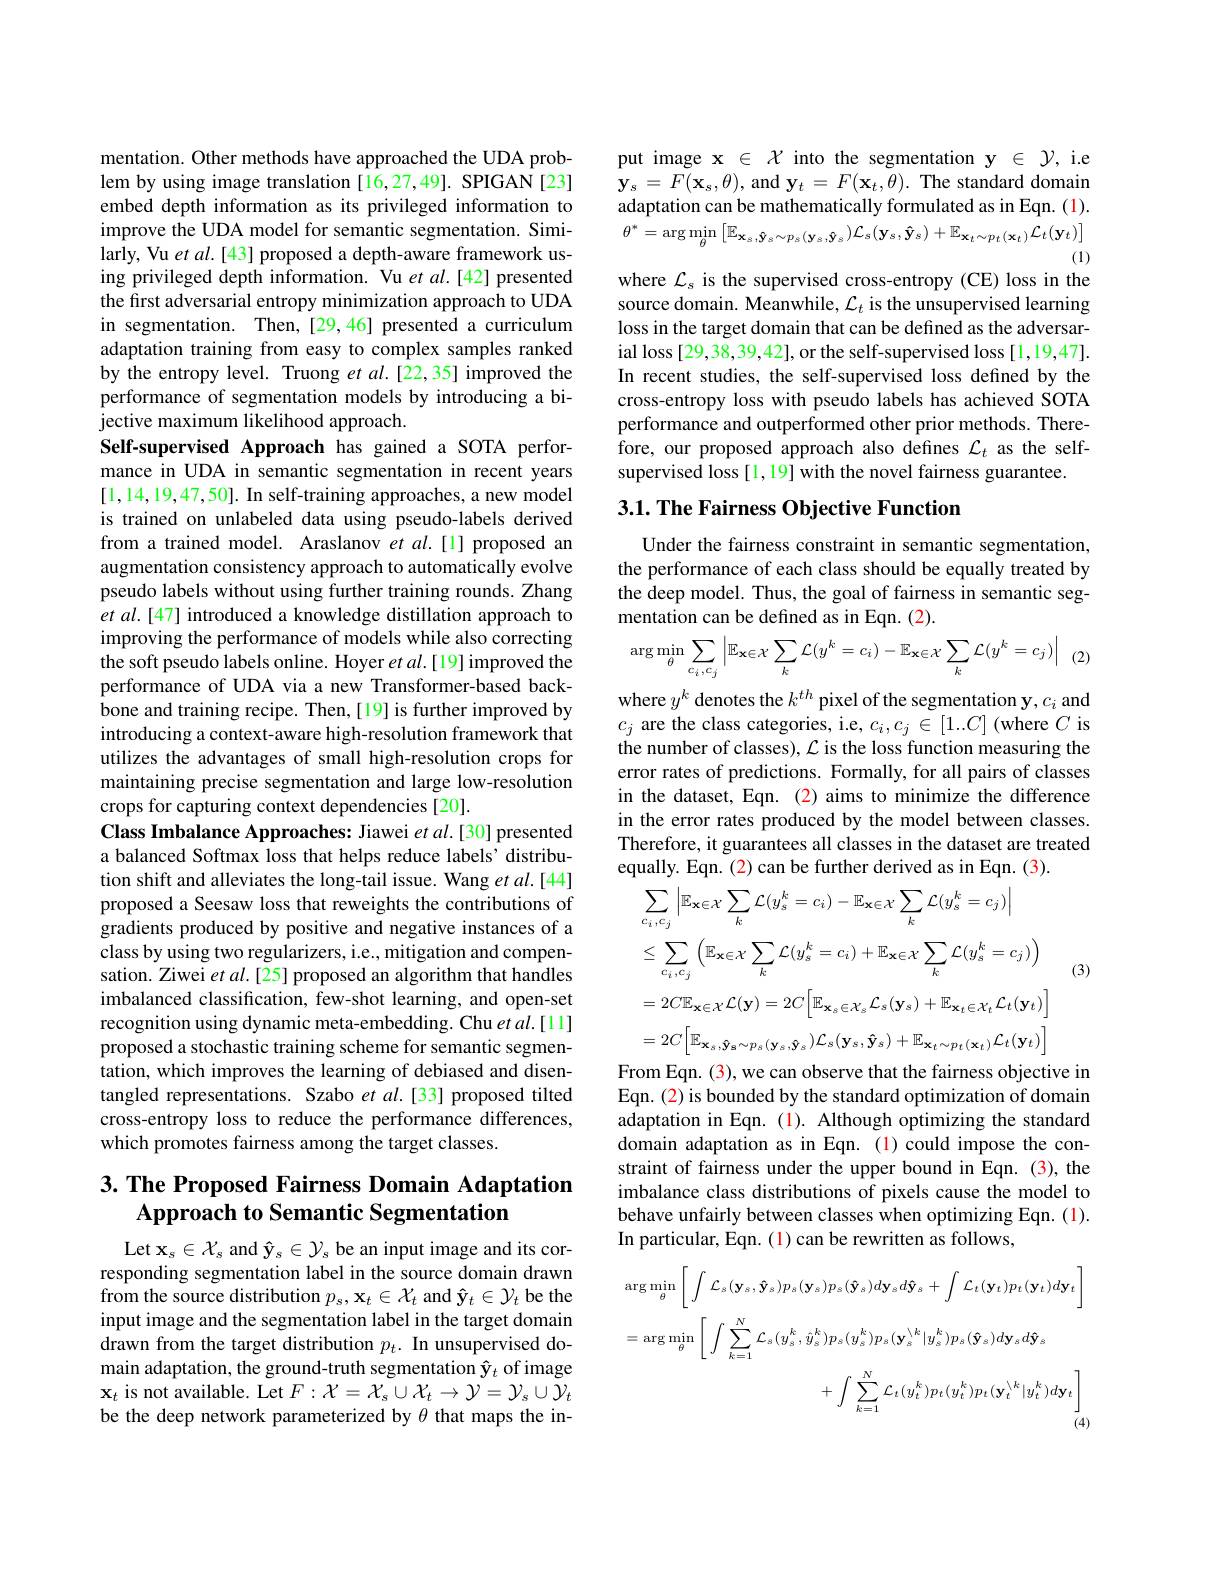
mentation. Other methods have approached the UDA problem by using image translation [16,27,49]. SPIGAN [23] embed depth information as its privileged information to improve the UDA model for semantic segmentation. Similarly, Vu $etal.[43]$ proposed a depth-aware framework using privileged depth information. Vu $etal.[42]$ presented the first adversarial entropy minimization approach to UDA in segmentation. Then,[29,46] presented a curriculum adaptation training from easy to complex samples ranked by the entropy level. Truong et al.[22,35] improved the performance of segmentation models by introducing a bijective maximum likelihood approach.
Self-supervised Approach has gained a SOTA performance in UDA in semantic segmentation in recent years [1,14,19,47,50]. In self-training approaches, a new model is trained on unlabeled data using pseudo-labels derived from a trained model. Araslanov et al.[1] proposed an augmentation consistency approach to automatically evolve pseudo labels without using further training rounds. Zhang $etal.[47]$ introduced a knowledge distillation approach to improving the performance of models while also correcting the soft pseudo labels online. Hoyer et al.[19] improved the performance of UDA via a new Transformer-based backbone and training recipe. Then,[19] is further improved by introducing a context-aware high-resolution framework that utilizes the advantages of small high-resolution crops for maintaining precise segmentation and large low-resolution crops for capturing context dependencies [20].
Class Imbalance Approaches: Jiawei $etal.[30]$ presented a balanced Softmax loss that helps reduce labels' distribution shift and alleviates the long-tail issue. Wang et al.[44] proposed a Seesaw loss that reweights the contributions of gradients produced by positive and negative instances of a class by using two regularizers, i.e., mitigation and compensation. Ziwei $etal.[25]$ proposed an algorithm that handles imbalanced classification, few-shot learning, and open-set recognition using dynamic meta-embedding. Chu et al.[11] proposed a stochastic training scheme for semantic segmentation, which improves the learning of debiased and disentangled representations. Szabo et al.[33] proposed tilted cross-entropy loss to reduce the performance differences, which promotes fairness among the target classes.

# 3. The Proposed Fairness Domain Adaptation Approach to Semantic Segmentation

Let $x_{s}\in X_{s}$ and $\hat{\mathbf{y} } _{s}\in \mathcal{Y} _{s}$ be an input image and its cor- responding segmentation label in the source domain drawn from the source distribution $p_s,\mathbf{x}_t\in\mathcal{X}_t$ and $\hat{\mathbf{y}}_t\in\mathcal{Y}_t$ be the input image and the segmentation label in the target domain drawn from the target distribution $p_t.$ In unsupervised domain adaptation, the ground-truth segmentation $\hat{\mathbf{y}}_t$ of image $\mathbf{x}_{t}$ is not available. Let $F:\mathcal{X}=\mathcal{X}_{s}\cup\mathcal{X}_{t}\to\mathcal{Y}=\mathcal{Y}_{s}\cup\mathcal{Y}_{t}$ be the deep network parameterized by $\theta$ that maps the in-

put image $\mathbf{x}\in\mathcal{X}$ into the segmentation $\mathbf{y}\in\mathcal{Y}$,i.e $\mathbf{y}_{s}=F(\mathbf{x}_{s},\theta)$,and$\mathbf{y}_t=F(\mathbf{x}_{t},\theta).$The standard domain adaptation can be mathematically formulated as in Eqn. (1). $\theta^{*}=\arg\min_{\theta}\left[\mathbb{E}_{\mathbf{x}_{s},\hat{\mathbf{y}}_{s}\sim p_{s}(\mathbf{y}_{s},\hat{\mathbf{y}}_{s})\mathcal{L}_{s}(\mathbf{y}_{s},\hat{\mathbf{y}}_{s})+\mathbb{E}_{\mathbf{x}_{t}\sim p_{t}(\mathbf{x}_{t})}\mathcal{L}_{t}(\mathbf{y}_{t})\Big]}\right]$
(1)

where $\mathcal{L}_s$ is the supervised cross-entropy (CE) loss in the

source domain. Meanwhile, $\mathcal{L}_t$ is the unsupervised learning loss in the target domain that can be defined as the adversarial loss [29,38,39,42], or the self-supervised loss [1,19,47]. In recent studies, the self-supervised loss defined by the cross-entropy loss with pseudo labels has achieved SOTA performance and outperformed other prior methods. Therefore, our proposed approach also defines $\mathcal{L}_t$ as the selfsupervised loss [1,19] with the novel fairness guarantee.

## 3.1. The Fairness Objective Function

Under the fairness constraint in semantic segmentation, the performance of each class should be equally treated by the deep model. Thus, the goal of fairness in semantic segmentation can be defined as in Eqn. (2).
$$\arg\min_{\theta}\sum_{c_{i}\:,c_{j}}\left|\mathbb{E}_{\mathbf{x}\in\mathcal{X}}\sum_{k}\mathcal{L}(y^{k}=c_{i})-\mathbb{E}_{\mathbf{x}\in\mathcal{X}}\sum_{k}\mathcal{L}(y^{k}=c_{j})\right|\:(2)$$
where $y^k$ denotes the $k^th$ pixel of the segmentation y, $c_i$ and $c_{j}$ are the class categories, i.e, $c_i,c_j\in[1..C]$ (where $C$ is the number of classes), $\mathcal{L}$ is the loss function measuring the error rates of predictions. Formally, for all pairs of classes in the dataset, Eqn. (2) aims to minimize the difference in the error rates produced by the model between classes. Therefore, it guarantees all classes in the dataset are treated equally. Eqn. (2) can be further derived as in Eqn. (3).
$$\begin{aligned}&\sum_{c_{i},c_{j}}\left|\mathbb{E}_{\mathbf{x}\in\mathcal{X}}\sum_{k}\mathcal{L}(y_{s}^{k}=c_{i})-\mathbb{E}_{\mathbf{x}\in\mathcal{X}}\sum_{k}\mathcal{L}(y_{s}^{k}=c_{j})\right|\\&\leq\sum_{c_{i},c_{j}}\left(\mathbb{E}_{\mathbf{x}\in\mathcal{X}}\sum_{k}\mathcal{L}(y_{s}^{k}=c_{i})+\mathbb{E}_{\mathbf{x}\in\mathcal{X}}\sum_{k}\mathcal{L}(y_{s}^{k}=c_{j})\right)\\&=2C\mathbb{E}_{\mathbf{x}\in\mathcal{X}}\mathcal{L}(\mathbf{y})=2C\Big[\mathbb{E}_{\mathbf{x}_{s}\in\mathcal{X}_{s}}\mathcal{L}_{s}(\mathbf{y}_{s})+\mathbb{E}_{\mathbf{x}_{t}\in\mathcal{X}_{t}}\mathcal{L}_{t}(\mathbf{y}_{t})\Big]\\&-2C\Big[\mathbb{E}\quad\setminus\mathcal{C}\:(\:\cdots\:\hat{\mathcal{L}}_{s}\:)\:+\:\mathbb{E}_{s}\:(\:\mathbf{y}_{s}\:)\:+\:\mathbb{E}_{\mathbf{x}_{t}\in\mathcal{X}_{t}}\:\mathcal{L}_{t}(\mathbf{y}_{t})\Big]\end{aligned}$$
$$=2C\Big[\mathbb{E}_{\mathbf{x}_{s},\mathbf{\hat{y}}_{\mathbf{s}}\sim p_{s}(\mathbf{y}_{s},\mathbf{\hat{y}}_{s})}\mathcal{L}_{s}(\mathbf{y}_{s},\mathbf{\hat{y}}_{s})+\mathbb{E}_{\mathbf{x}_{t}\sim p_{t}(\mathbf{x}_{t})}\mathcal{L}_{t}(\mathbf{y}_{t})\Big]$$
(3)

From Eqn. (3), we can observe that the fairness objective in Eqn. (2) is bounded by the standard optimization of domain adaptation in Eqn. (1). Although optimizing the standard domain adaptation as in Eqn.(1)could impose the constraint of fairness under the upper bound in Eqn. (3), the imbalance class distributions of pixels cause the model to behave unfairly between classes when optimizing Eqn. (1). In particular, Eqn. (1) can be rewritten as follows,
$$\begin{aligned}&\arg\min_{\theta}\left[\:\int\mathcal{L}_{s}(\mathbf{y}_{s},\mathbf{\hat{y}}_{s})p_{s}(\mathbf{y}_{s})p_{s}(\mathbf{\hat{y}}_{s})d\mathbf{y}_{s}d\mathbf{\hat{y}}_{s}\:+\:\int\mathcal{L}_{t}(\mathbf{y}_{t})p_{t}(\mathbf{y}_{t})d\mathbf{y}_{t}\right]\\&=\arg\min_{\theta}\left[\:\int\sum_{k=1}^{N}\mathcal{L}_{s}(y_{s}^{k},\hat{y}_{s}^{k})p_{s}(y_{s}^{k})p_{s}(\mathbf{y}_{s}^{\setminus k}|y_{s}^{k})p_{s}(\hat{y}_{s})d\mathbf{y}_{s}d\hat{y}_{s}\\&+\int\sum_{k=1}^{N}\mathcal{L}_{t}(y_{t}^{k})p_{t}(y_{t}^{k})p_{t}(\mathbf{y}_{t}^{\setminus k}|y_{t}^{k})d\mathbf{y}_{t}\right]\\&&\text{(4)}\end{aligned}$$